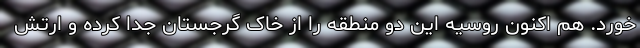
خورد. هم اکنون روسیه این دو منطقه را از خاک گرجستان جدا کرده و ارتش